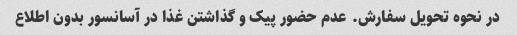
در نحوه تحویل سفارش. عدم حضور پیک و گذاشتن غذا در آسانسور بدون اطلاع